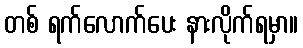
တစ် ရက်လောက်ပေး နားလိုက်ရမှာ။